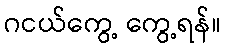
ဂငယ်ကွေ့ ကွေ့ရန်။